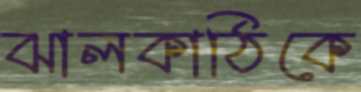
ঝালকাঠিকে